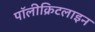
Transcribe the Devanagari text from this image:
पॉलीक्रिटलाइन